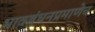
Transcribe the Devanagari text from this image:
भावबंधनप्रमाणेच